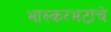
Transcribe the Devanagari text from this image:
भास्करभटांचे